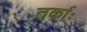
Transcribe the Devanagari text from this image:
तर्काः